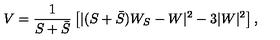
V = \frac { 1 } { S + \bar { S } } \left[ | ( S + \bar { S } ) W _ { S } - W | ^ { 2 } - 3 | W | ^ { 2 } \right] ,